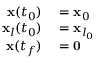
\begin{array} { r l } { \mathbf { x } ( t _ { 0 } ) } & { { } = \mathbf { x } _ { 0 } } \\ { \mathbf { x } _ { l } ( t _ { 0 } ) } & { { } = \mathbf { x } _ { l _ { 0 } } } \\ { \mathbf { x } ( t _ { f } ) } & { { } = \mathbf { 0 } } \end{array}